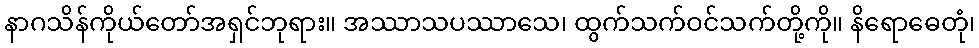
နာဂသိန်ကိုယ်တော်အရှင်ဘုရား။ အဿာသပဿာသေ၊ ထွက်သက်ဝင်သက်တို့ကို။ နိရောဓေတုံ၊